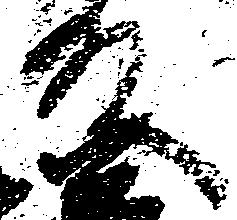
殿